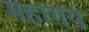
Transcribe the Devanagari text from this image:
महागयं